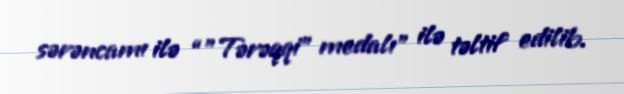
sərəncamı ilə “"Tərəqqi" medalı” ilə təltif edilib.